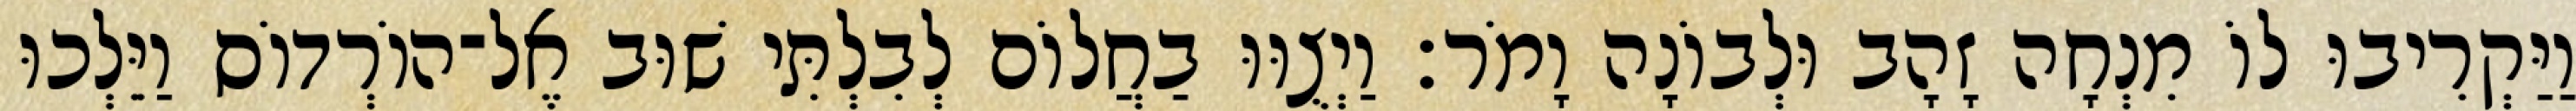
וַיַּקְרִיבוּ לוֹ מִנְחָה זָהָב וּלְבוֹנָה וָמֹר׃ וַיְצֻוּוּ בַחֲלוֹם לְבִלְתִּי שׁוּב אֶל־הוֹרְדוֹס וַיֵּלְכוּ